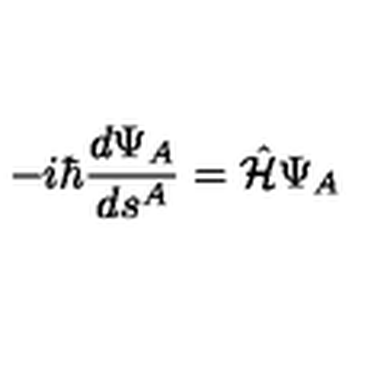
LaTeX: - i \hbar \frac { d \Psi _ { A } } { d s ^ { A } } = \hat { \cal H } \Psi _ { A }